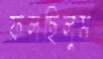
ফলছিলুম